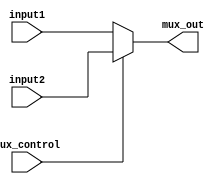
module Mux_2x1_10 (mux_out, input1, input2, mux_control);

//This module is used for selecting one of the two 10 bit inputs to the output depending on the control signal provided

input [9:0] input1, input2;
input mux_control;
output [9:0] mux_out;

assign mux_out = (mux_control == 1'b0) ? input1 : (mux_control == 1'b1) ? input2 : 10'bx;

endmodule